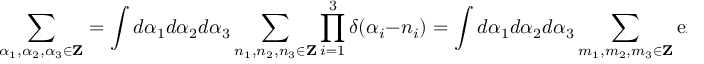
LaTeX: \sum _ { \alpha _ { 1 } , \alpha _ { 2 } , \alpha _ { 3 } \in { \bf Z } } = \int d \alpha _ { 1 } d \alpha _ { 2 } d \alpha _ { 3 } \sum _ { n _ { 1 } , n _ { 2 } , n _ { 3 } \in { \bf Z } } \prod _ { i = 1 } ^ { 3 } \delta ( \alpha _ { i } - n _ { i } ) = \int d \alpha _ { 1 } d \alpha _ { 2 } d \alpha _ { 3 } \sum _ { m _ { 1 } , m _ { 2 } , m _ { 3 } \in { \bf Z } } \exp \left( 2 \pi i \sum _ { i = 1 } ^ { 3 } \alpha _ { i } m _ { i } \right)